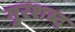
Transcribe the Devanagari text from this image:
गुरशब्द